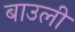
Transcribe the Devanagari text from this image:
बाउली